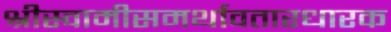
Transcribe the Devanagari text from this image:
श्रीस्वामीसमर्थावतारधारक